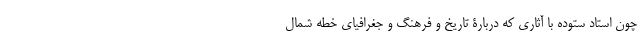
چون استاد ستوده با آثاری که دربارۀ تاریخ و فرهنگ و جغرافیای خطه شمال